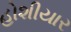
હોશીયાર